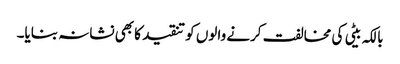
بالکہ بیٹی کی مخالفت کرنے والوں کو تنقید کا بھی نشانہ بنایا۔